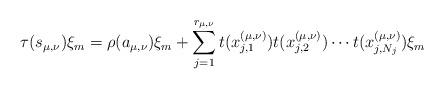
LaTeX: \begin{align*}\tau(s_{\mu,\nu})\xi_m=\rho(a_{\mu,\nu})\xi_m+\sum_{j=1}^{r_{\mu,\nu}} t(x^{(\mu,\nu)}_{j,1}) t(x^{(\mu,\nu)}_{j,2})\cdots t(x^{(\mu,\nu)}_{j,N_j})\xi_m\end{align*}